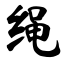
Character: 绳